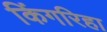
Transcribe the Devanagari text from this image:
किंगरिहा